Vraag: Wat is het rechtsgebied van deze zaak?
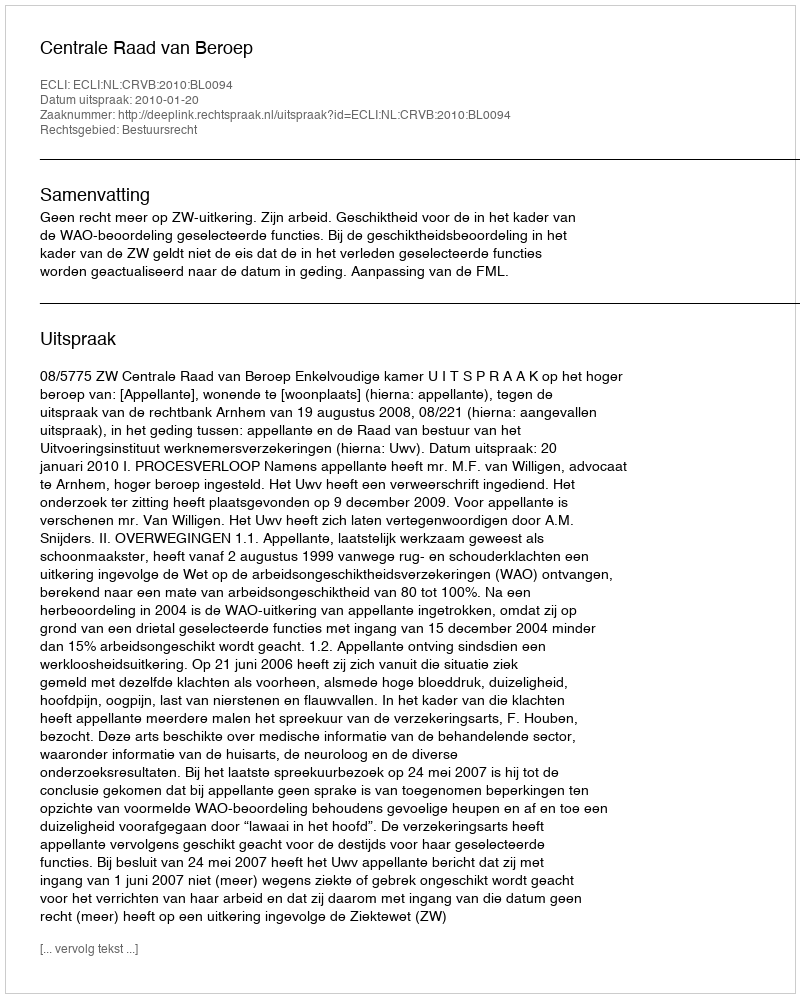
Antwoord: Bestuursrecht